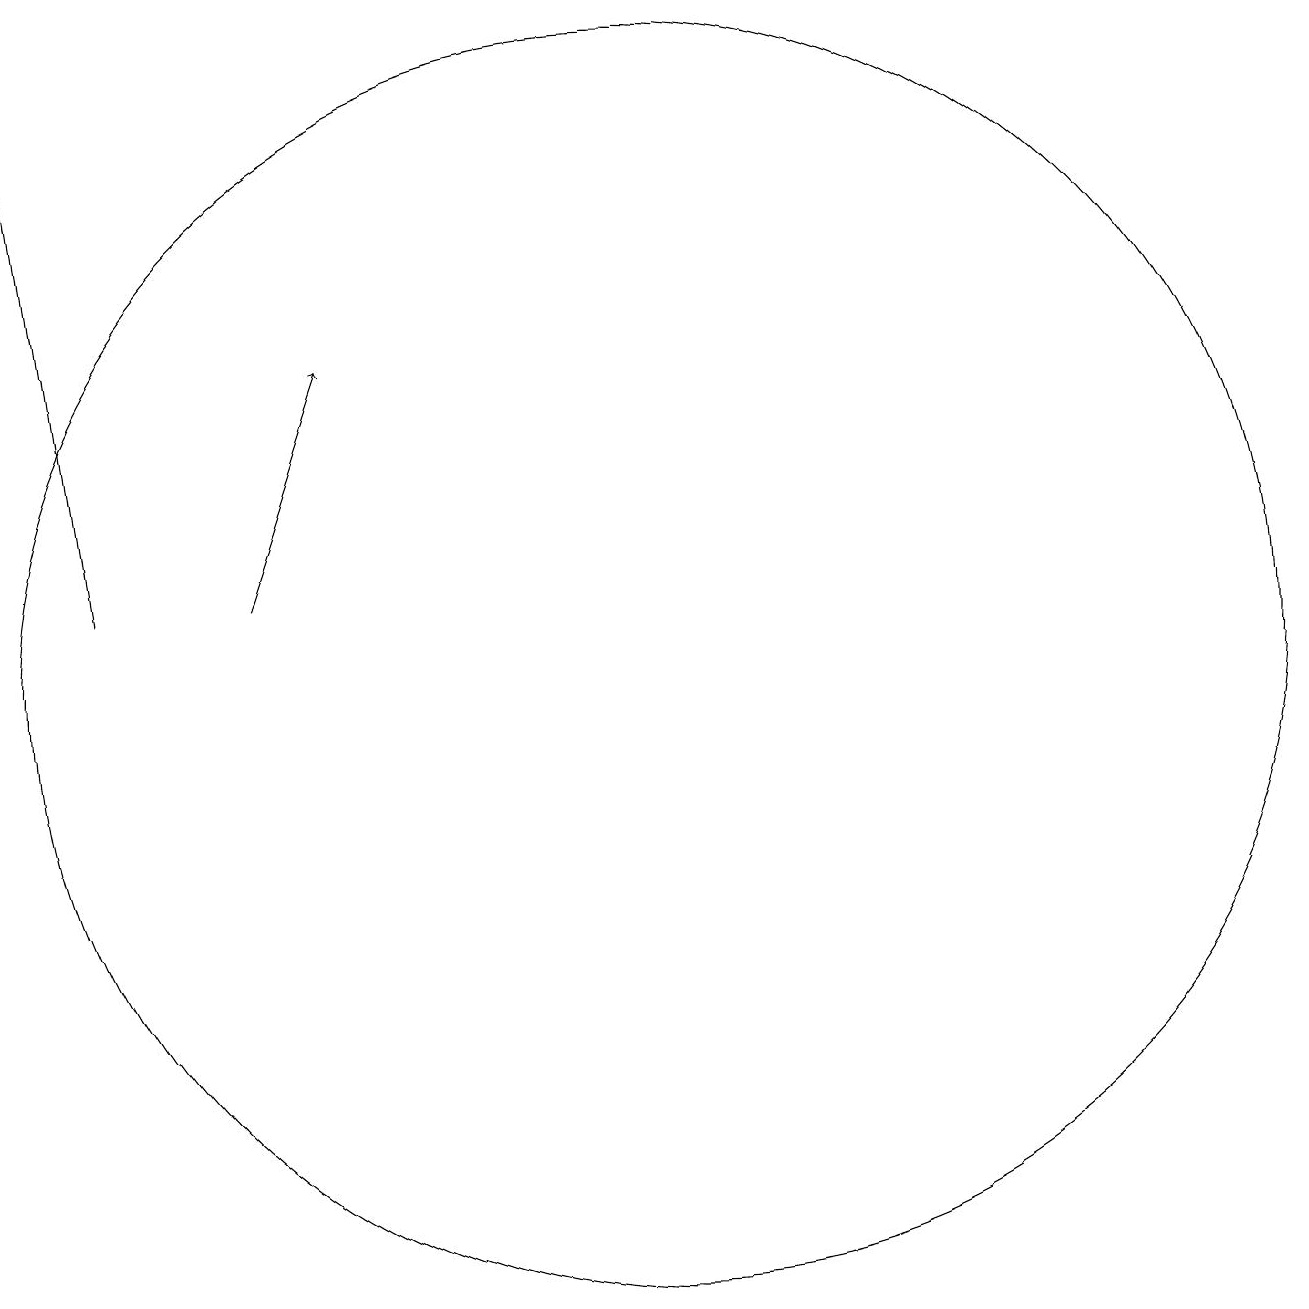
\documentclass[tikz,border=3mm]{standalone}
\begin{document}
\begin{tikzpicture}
\draw[->] (4,12) -- (3,19);
\draw (11,11) circle (8);
\draw[->] (6,12) -- (7,15);
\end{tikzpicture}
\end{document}